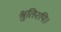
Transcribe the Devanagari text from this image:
श्रुतिरपि।